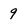
Character: 9